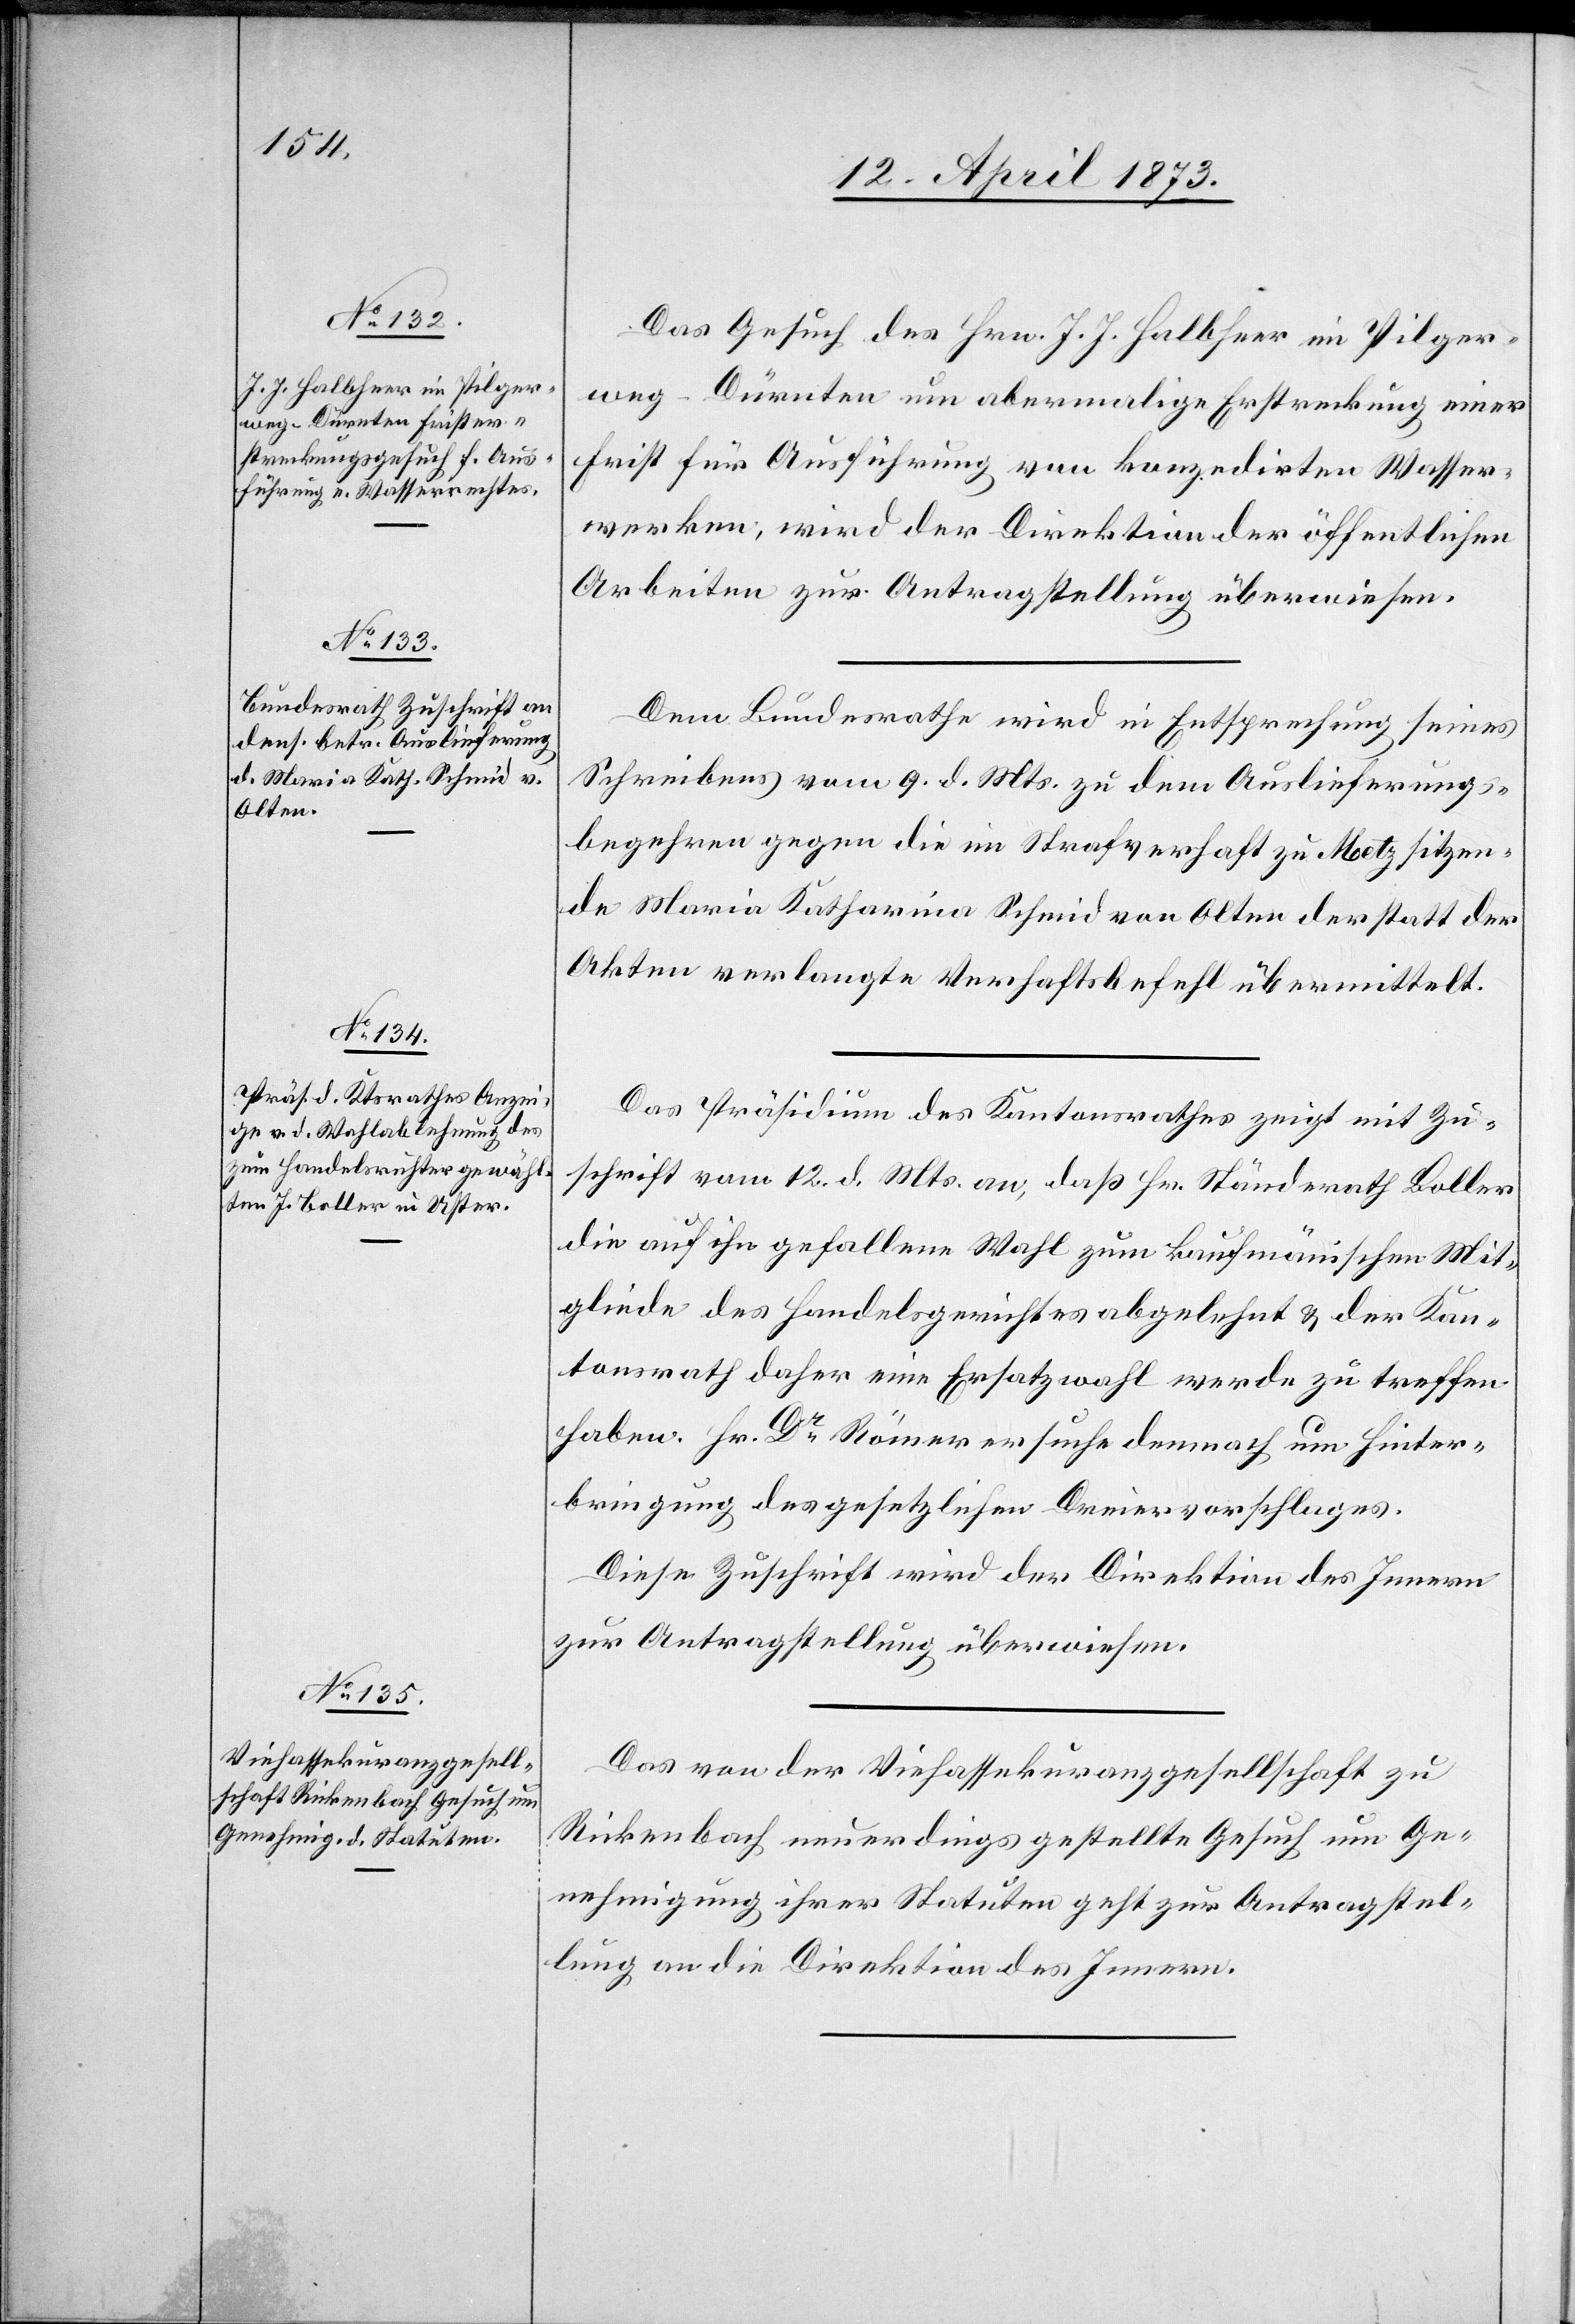
15. April 1873.]
Das Gesuch des Hrn. J. J. Halbheer im Pilger¬
weg - Dürnten um abermalige Erstreckung einer
Frist für Ausführung von konzedirten Wasser¬
werken, wird der Direktion der öffentlichen
Arbeiten zur Antragstellung überwiesen.
Dem Bundesrathe wird in Entsprechung seines
Schreibens vom 9. d. Mts. zu dem Auslieferungs¬
begehren gegen die im Strafverhaft zu Metz sitzen¬
den Maria Katharina Schmid von Olten der statt der
Akten verlangte Verhaftsbefehl übermittelt.
Das Präsidium des Kantonsrathes zeigt mit Zu¬
schrift vom 12. d. Mts. an, daß Hr. Ständerath Boller
die auf ihn gefallene Wahl zum kaufmän[n]ischen Mit¬
gliede des Handelsgerichtes abgelehnt & der Kan¬
tonsrath daher eine Ersatzwahl werde zu treffen
haben. Hr. Dr Römer ersuche demnach um Hinter¬
bringung des gesetzlichen Dreiervorschlages.
Diese Zuschrift wird der Direktion des Innern
zur Antragstellung überwiesen.
Das von der Viehassekuranzgesellschaft zu
Rickenbach neuerdings gestellte Gesuch um Ge¬
nehmigung ihrer Statuten geht zur Antragstel¬
lung an die Direktion des Innern.